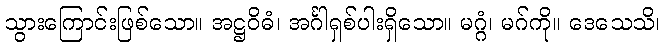
သွားကြောင်းဖြစ်သော။ အဋ္ဌဝိဓံ၊ အင်္ဂါရှစ်ပါးရှိသော။ မဂ္ဂံ၊ မဂ်ကို။ ဒေသေသိ၊